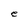
Character: e